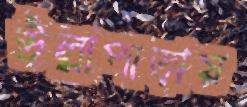
উল্লাপাড়ায়